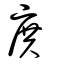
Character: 庹